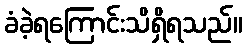
ခံခဲ့ရကြောင်းသိရှိရသည်။